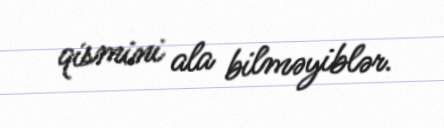
qismini ala bilməyiblər.